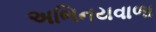
અભિનયવાળા